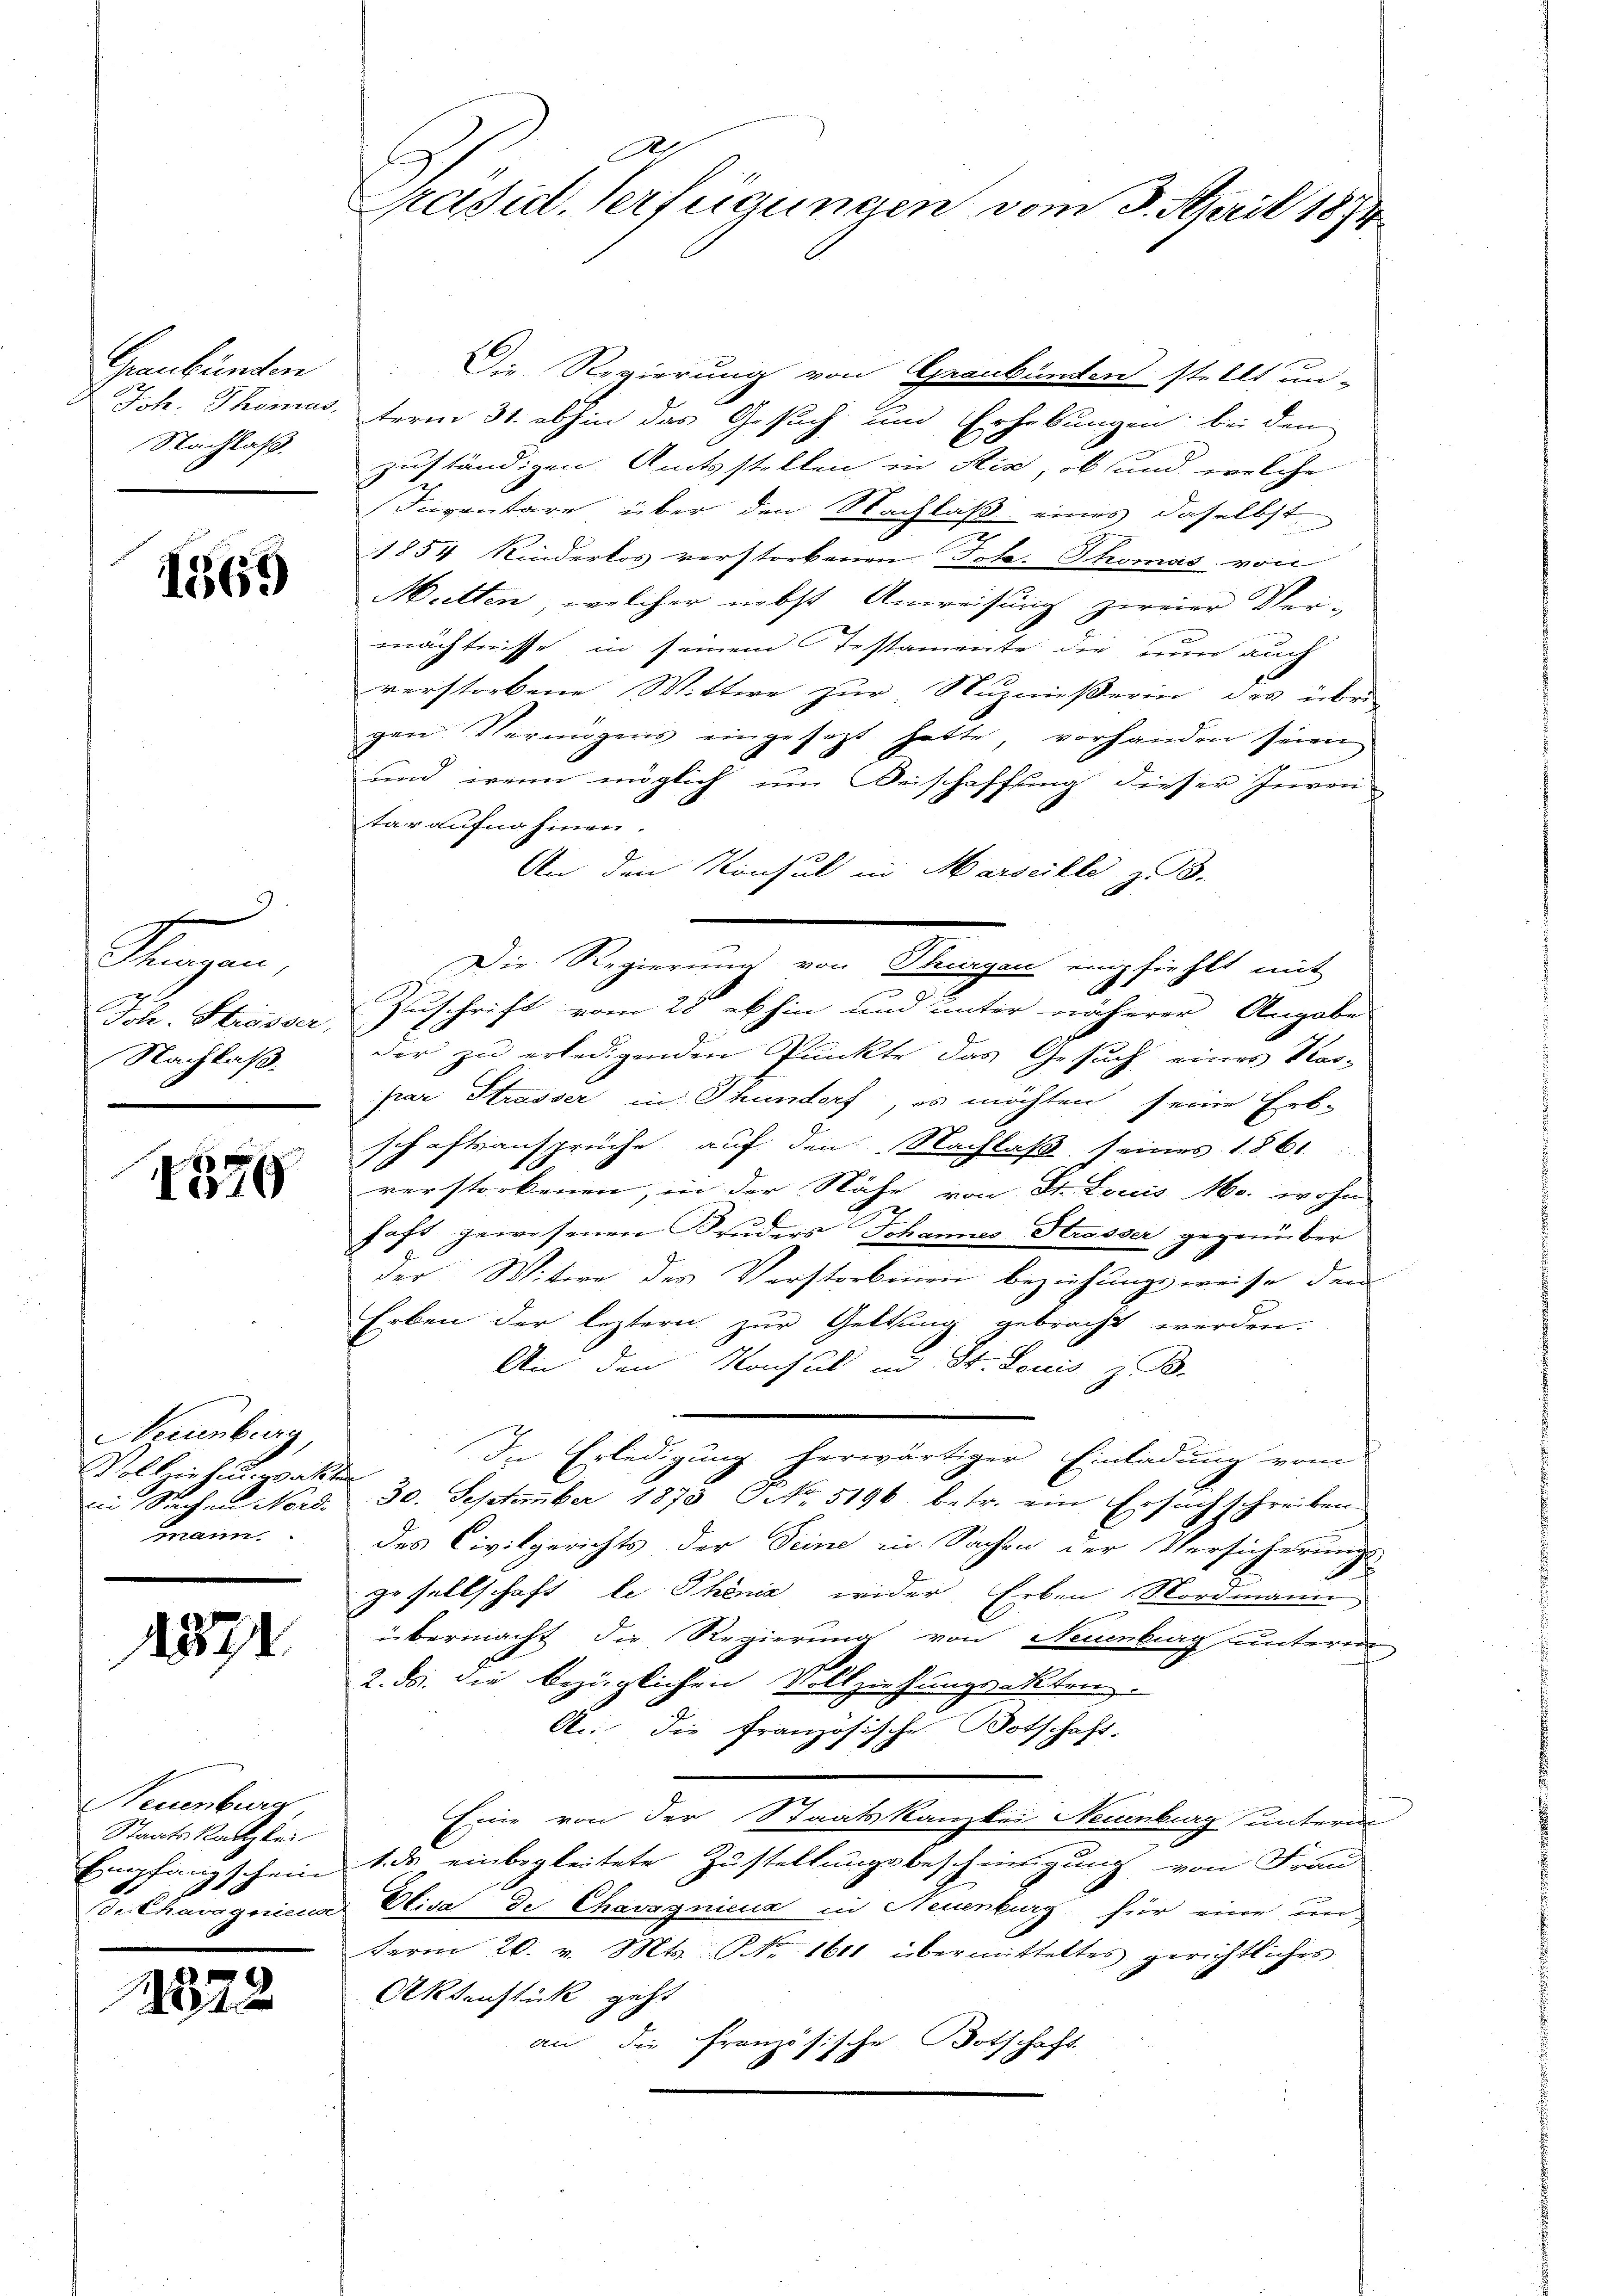
Graubünden
Nachlaß

1569

f
Thurgau,
Nachlaß.

1379

Neuenburg,
Vollziehungsakten
iin Sachen Nord-
mann

1872

Neuenburg,
Staatskanzlei
Empfangschein

2372

A
Präsid. Verfügungen vom 3. April 1874

Die Regierung von Graubünden stellt un-
Joh. Thomas, term 31. abhin das Gesuch und Erhebungen bei den
zuständigen Amtsstellen in Sie, ob und welche
Inventare, über den Nachlaß eines daselbst
1854 Kinderlos verstorbenen Joh. Thomas von
Mutten, welcher nebst Anweisung zweier Ver-
mächtnisse in seinem Testamente die zum auch
verstorbene Wittwe zur Nuznießerin des über
gen Vermögens eingesezt hatte, vorhanden seien
und wenn möglich um Beischaffung dieser Inven
taraufnahmen.
An den Konsul in Marseille z. B.
Die Regierung von Thurgau empfiehlt mit
Joh. Strasser Zuschrift vom 28. abhin und unter näherer Angabe
der zu erledigenden Punkte das Gesuch eines Stad-
par Strasser in Thundorf, es möchten seine Erb-
schaftsansprüche auf den Nachlaß seines 1861
.
verstorbenen, in der Nähe von St. Louis Mo. wohn
haft gewesenen Bruders Johannes Strasser gegenüber
der Witwe des Verstorbenen beziehungsweise dem
Erben der leztern zur Geltung gebracht werden.
An den Konsul in St. Louis z. B.
In Erledigung herwärtiger Einladung vom
30. September 1873 No. 5196 betr. ein Ersuch schreiben
des Civilgerichts der Seine in Sachen der Versicherungs-
gesellschaft le Phöniz wider Erben Nordmann,
übermacht die Regierung von Neuenburg unterm
2. ds. die bezüglichen Vollziehungsakten.
An die französische Botschaft.
Eine von der Staatskanzlei Neuenburg unterm
1. ds einbegleitete Zustellungsbescheinigung von Frau
Sekhavognicus Oliva de Chavsgnicus in Neuenburg für eine un
Ferm 20. v. Mts. Nr. 1611 übermitteltes gerichtliches
Aktenstück geht
an die französische Botschaft